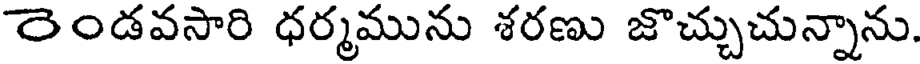
రెండవసారి ధర్మమును శరణు జొచ్చుచున్నాను.